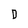
Character: D